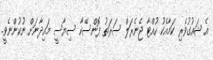
އެ ޝައުގުވެރި ކަމާއެކު ހުއްޓާ ޖެނެރަލް ސަރަތު ފޮންސޭކާ ސިޔާސީ މައިދާނަށް ނުކުންނެވީ.